Vaccination in Bombay 1869-1873 - 1869-1873
Year: 1869
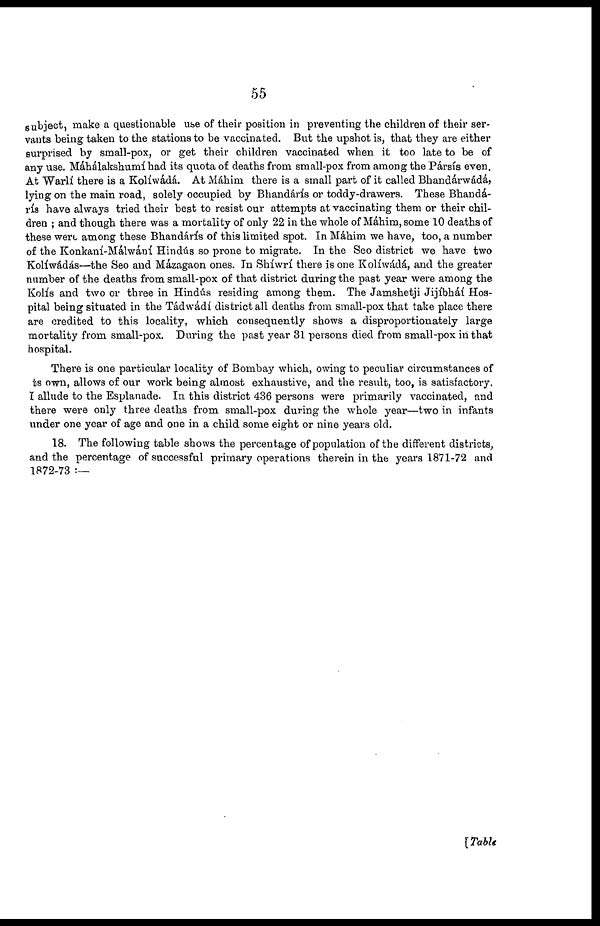
55
subject, make a questionable use of their position in preventing the children of their ser-
vants being taken to the stations to be vaccinated. But the upshot is, that they are either
surprised by small-pox, or get their children vaccinated when it too late to be of
any use. Máhálakshumí had its quota of deaths from small-pox from among the Pársís even.
At Warlí there is a Kolíwádá At Máhim there is a small part of it called Bhandárwádá,
lying on the main road, solely occupied by Bhandárís or toddy-drawers. These Bhandá¬
rís have always tried their best to resist our attempts at vaccinating them or their chil-
dren ; and though there was a mortality of only 22 in the whole of Máhim, some 10 deaths of
these were among these Bhandárís of this limited spot. In Máhim we have, too, a number
of the Konkaní-Málwání Hindús so prone to migrate. In the Seo district we have two
Kolíwádás—the Seo and Mázagaon ones. In Shíwrí there is one Kolíwádá, and the greater
number of the deaths from small-pox of that district during the past year were among the
Kolís and two or three in Hindús residing among them. The Jamshetji Jijíbháí Hos-
pital being situated in the Tádwádí district all deaths from small-pox that take place there
are credited to this locality, which consequently shows a disproportionately large
mortality from small-pox. During the past year 31 persons died from small-pox in that
hospital.
There is one particular locality of Bombay which, owing to peculiar circumstances of
ts own, allows of our work being almost exhaustive, and the result, too, is satisfactory.
I allude to the Esplanade. In this district 436 persons were primarily vaccinated, and
there were only three deaths from small-pox during the whole year—two in infants
under one year of age and one in a child some eight or nine years old.
18. The following table shows the percentage of population of the different districts,
and the percentage of successful primary operations therein in the years 1871-72 and
1872-73 :—
[Table